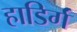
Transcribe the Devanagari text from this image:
हाडिर्गं